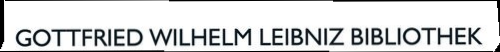
GOTTFRIED WILHELM LEIBNIZ BIBLIOTHEK